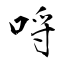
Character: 哷